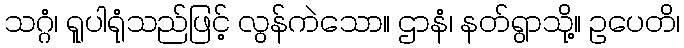
သဂ္ဂံ၊ ရူပါရုံသည်ဖြင့် လွန်ကဲသော။ ဌာနံ၊ နတ်ရွာသို့။ ဥပေတိ၊